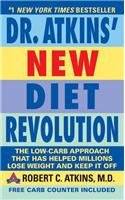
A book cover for Dr. Atkins New Diet Revolution: Revised and Improved; Robert C. M.D. Atkins; Health, Fitness & Dieting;